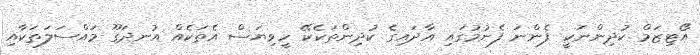
އޯޓިޒަމް ކުދިންނަކީ ފެންނަ ފެނުމުގައި އާދައިގެ ކުދިންތަކެކޭ ހީވިޔަސް އެތަކެއް އުނދަގޫ މައްސަލަތަކާއި